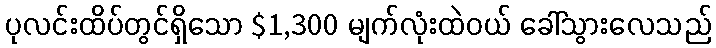
ပုလင်းထိပ်တွင်ရှိသော $1,300 မျက်လုံးထဲဝယ် ခေါ်သွားလေသည်